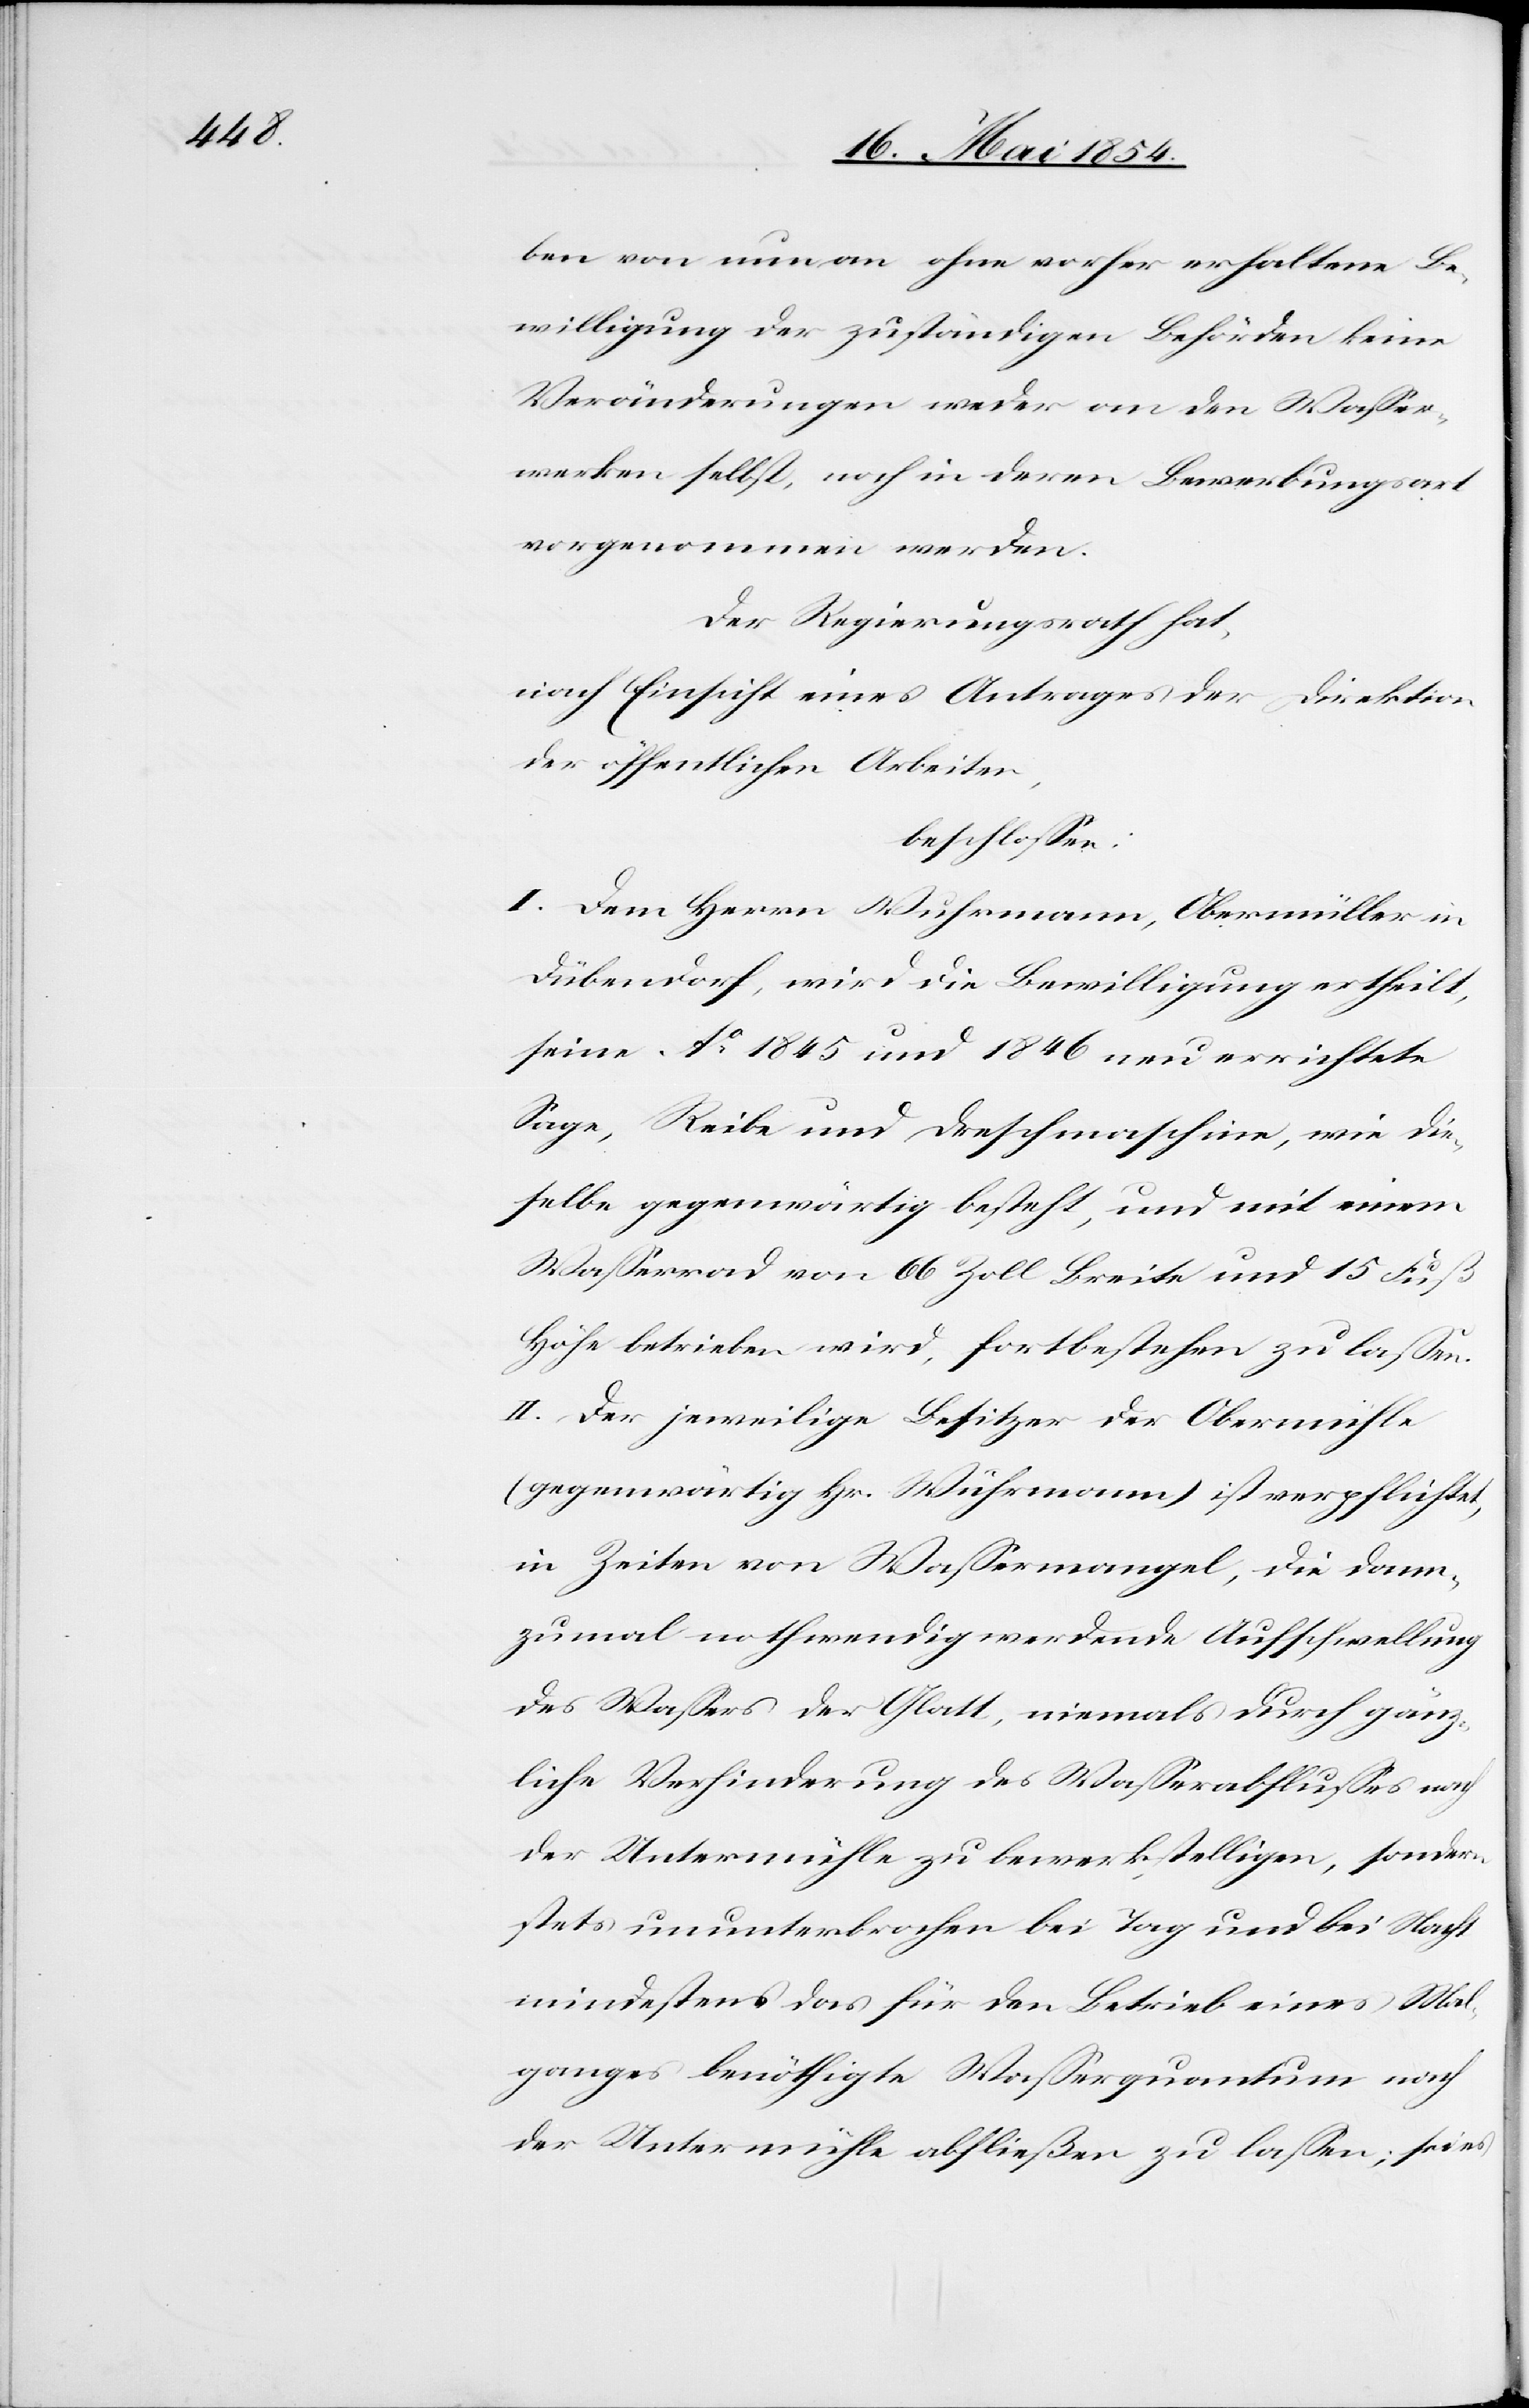
ben von nun an ohne vorher erhaltene Be¬
willigung der zuständigen Behörden keine
Veränderungen weder an den Waßer¬
werken selbst, noch in deren Bewerbungsart
vorgenommen werden.
Der Regierungsrath hat,
nach Einsicht eines Antrages der Direktion
der öffentlichen Arbeiten,
beschloßen:
I. Dem Herrn Wuhrmann, Obermüller in
Dübendorf, wird die Bewilligung ertheilt,
seine Ao 1845 und 1846 neu errichtete
Sage, Reibe und Dreschmaschine, wie die¬
selbe gegenwärtig besteht, und mit einem
Waßerrad von 66 Zoll Breite und 15 Fuß
Höhe betrieben wird, fortbestehen zu laßen.
II. Der jeweilige Besitzer der Obermühle
(gegenwärtig Hr. Wuhrmann) ist verpflichtet,
in Zeiten von Waßermangel, die dann¬
zumal nothwendig werdende Aufschwellung
des Waßers der Glatt, niemals durch gänz¬
liche Verhinderung des Waßerabflußes nach
der Untermühle zu bewerkstelligen, sondern
stets ununterbrochen bei Tag und Nacht
mindestens das für den Betrieb eines Ma[h]l¬
ganges benöthigte Waßerquantum nach
der Untermühle abfließen zu laßen; sei es